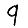
Digit: 9